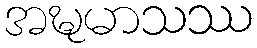
အဍ္ဎမာသဿ